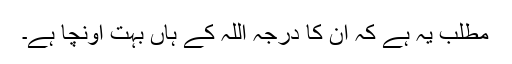
مطلب یہ ہے کہ اُن کا درجہ اللہ کے ہاں بہت اونچا ہے۔